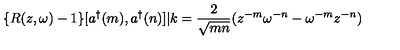
\{ R ( z , \omega ) - 1 \} [ a ^ { \dag } ( m ) , a ^ { \dag } ( n ) ] | k = \frac { 2 } { \sqrt { m n } } ( z ^ { - m } \omega ^ { - n } - \omega ^ { - m } z ^ { - n } )